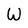
Character: W